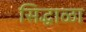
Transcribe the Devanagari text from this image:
सिद्धाळा